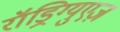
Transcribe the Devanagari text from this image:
रॉड्रिग्युएज़